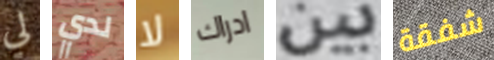
لي لدي لا ادراك بين شفقة